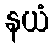
နယံ